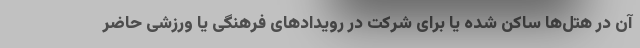
آن در هتل‌ها ساکن شده یا برای شرکت در رویدادهای فرهنگی یا ورزشی حاضر